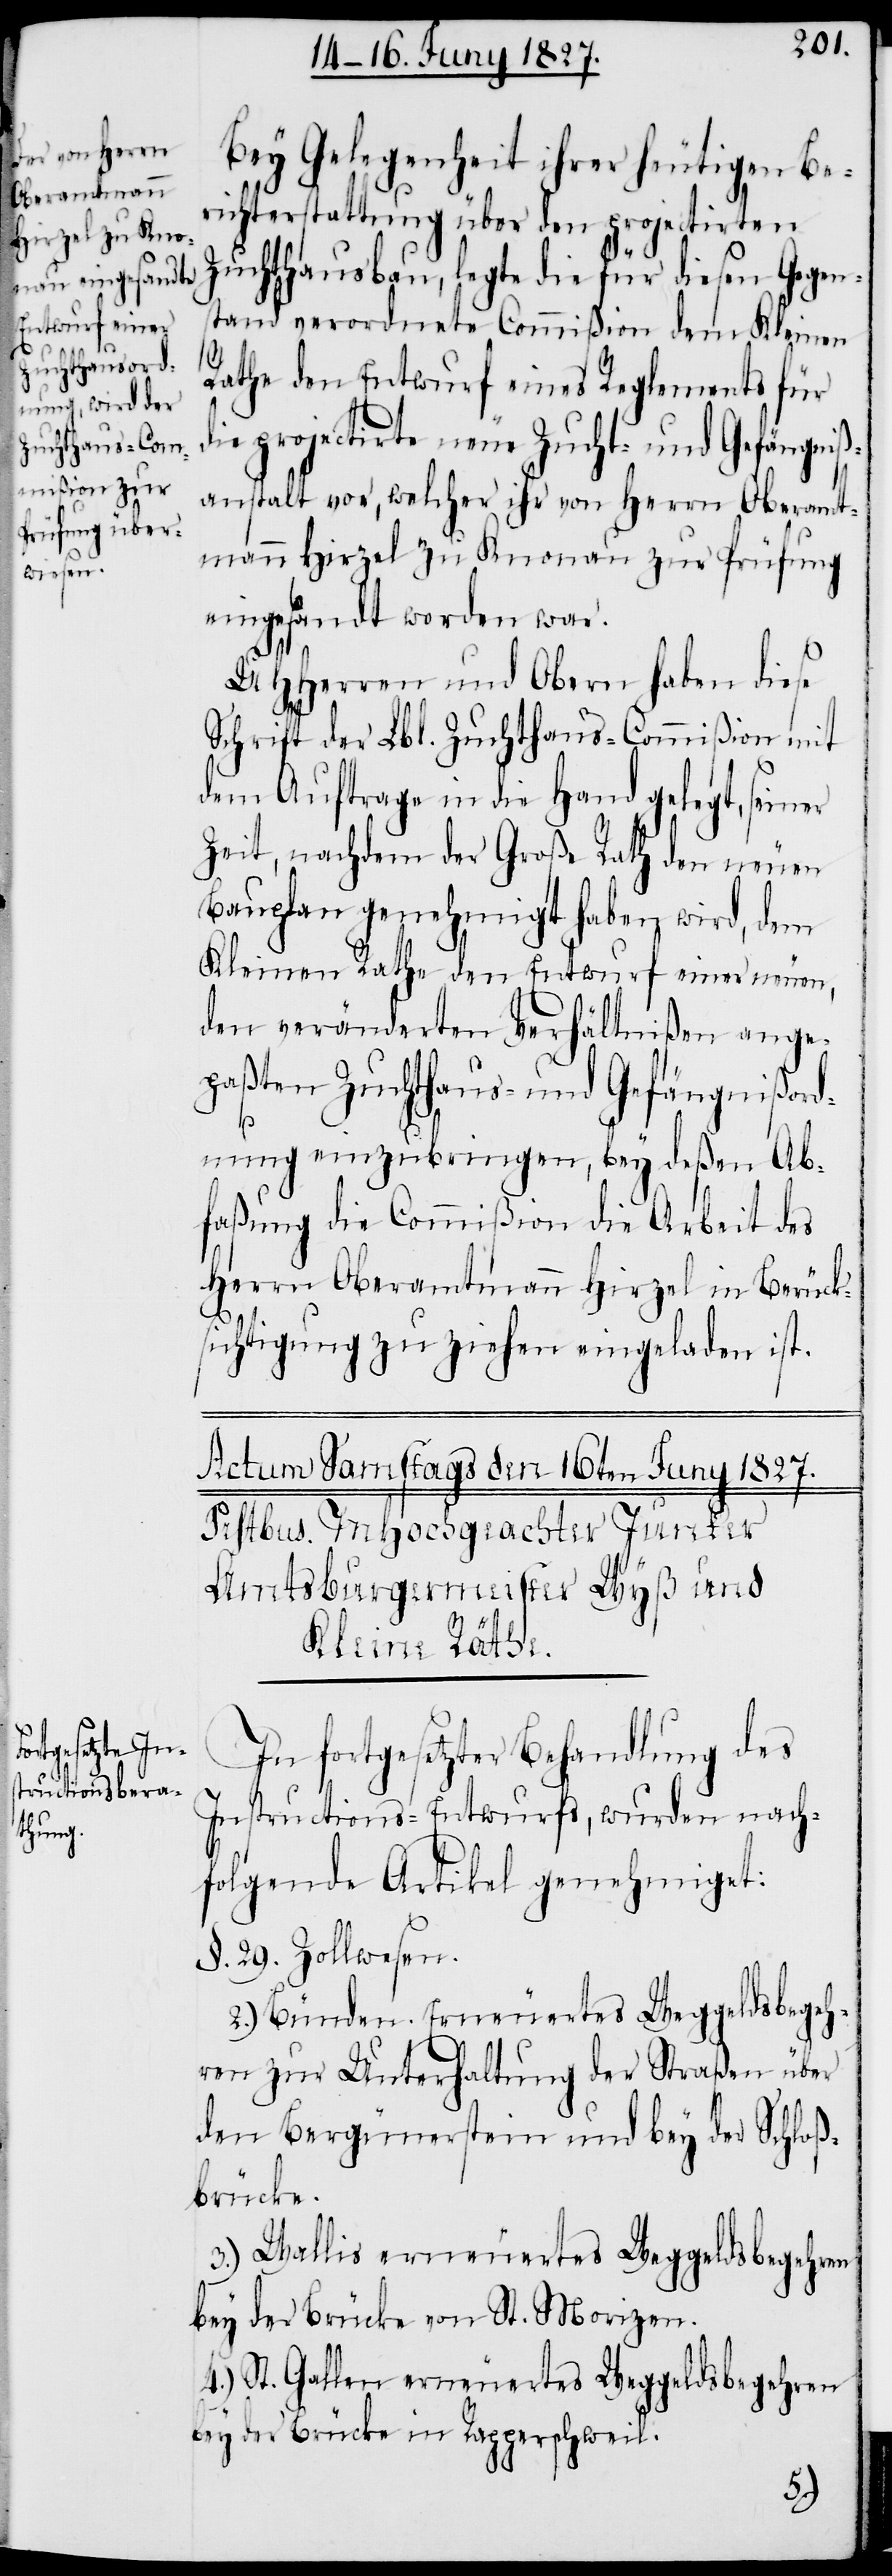
Bey Gelegenheit ihrer heutigen Be¬
richterstattung über den projectirten
Zuchthausbau, legte die für diesen Gegend¬
stand verordnete Commißion dem Kleinen
Rathe den Entwurf eines Reglements für
die projectirte neue Zucht- und Gefängniß¬
anstalt vor, welcher ihr von Herrn Oberamt¬
mann Hirzel zu Knonau zur Prüfung
eingesandt worden war.
UHHerren und Obern haben diese
Schrift der Lbl. Zuchthaus-Commißion mit
dem Auftrage in die Hand gelegt, seiner
Zeit, nachdem der Große Rath den neuen
Bauplan genehmigt haben wird, dem
Kleinen Rathe den Entwurf einer neuen,
den veränderten Verhältnißen ange¬
paßten Zuchthaus- und Gefängnisord¬
nung einzubringen, bey deßen Ab¬
faßung die Commißion die Arbeit des
Herrn Oberamtmann Hirzel in Berück¬
sichtigung zu ziehen eingeladen ist.
In fortgesetzter Behandlung des
Instructions-Entwurfs, wurden nach¬
folgende Artikel genehmiget:
§. 29. Zollwesen.
2.) Bünden. Erneuertes Weggeldsbegeh¬
ren zur Unterhaltung der Straßen über
den Bergünerstein und bey der Schloß¬
brücke.
3.) Wallis erneuertes Weggeldsbegehren
bey der Brücke von St. Morizen.
4.) St. Gallen erneuertes Weggeldsbegehren
bey der Brücke in Rapperschweil.